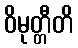
ဝိမုတ္တီတိ